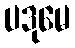
ပဒုမေ